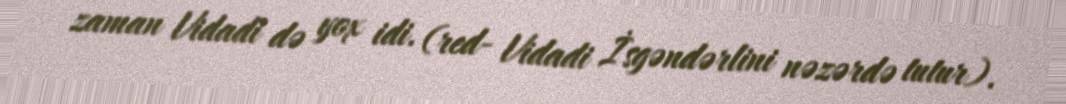
zaman Vidadi də yox idi. (red- Vidadi İsgəndərlini nəzərdə tutur).